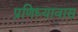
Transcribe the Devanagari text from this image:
प्रणिध्यावास